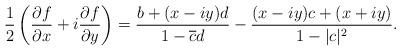
LaTeX: \begin{align*}\frac{1}{2}\left(\frac{\partial f}{\partial x}+i\frac{\partial f}{\partial y}\right)= \frac{b+(x-iy)d}{1-\overline{c}d}-\frac{(x-iy)c+(x+iy)}{1-|c|^2}.\end{align*}